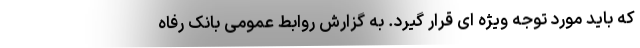
که باید مورد توجه ویژه ای قرار گیرد. به گزارش روابط عمومی بانک رفاه